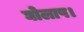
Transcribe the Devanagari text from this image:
घोलाप।